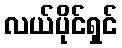
လယ်ပိုင်ရှင်